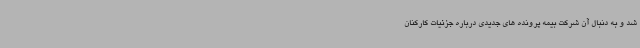
شد و به دنبال آن شرکت بیمه پرونده های جدیدی درباره جزئیات کارکنان